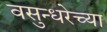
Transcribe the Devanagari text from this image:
वसुन्धरेच्या